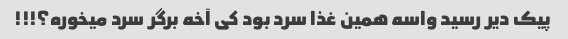
پیک دیر رسید واسه همین غذا سرد بود کی آخه برگر سرد میخوره؟!!!